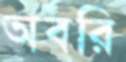
অবরি